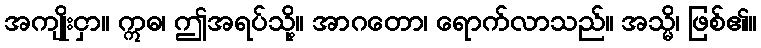
အကျိုးငှာ။ ဣဓ၊ ဤအရပ်သို့။ အာဂတော၊ ရောက်လာသည်။ အသ္မိ၊ ဖြစ်၏။